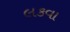
લકવા